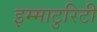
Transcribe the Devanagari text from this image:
इम्माटुरिटी